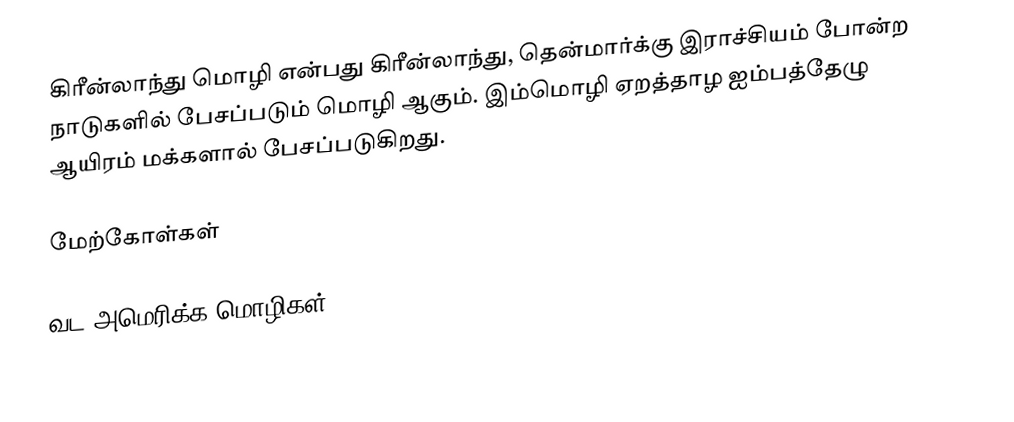
கிரீன்லாந்து மொழி என்பது கிரீன்லாந்து, தென்மார்க்கு இராச்சியம் போன்ற நாடுகளில் பேசப்படும் மொழி ஆகும். இம்மொழி ஏறத்தாழ ஐம்பத்தேழு ஆயிரம் மக்களால் பேசப்படுகிறது.

மேற்கோள்கள்

வட அமெரிக்க மொழிகள்